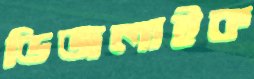
ডিজলাইক